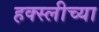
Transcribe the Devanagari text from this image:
हक्स्लीच्या